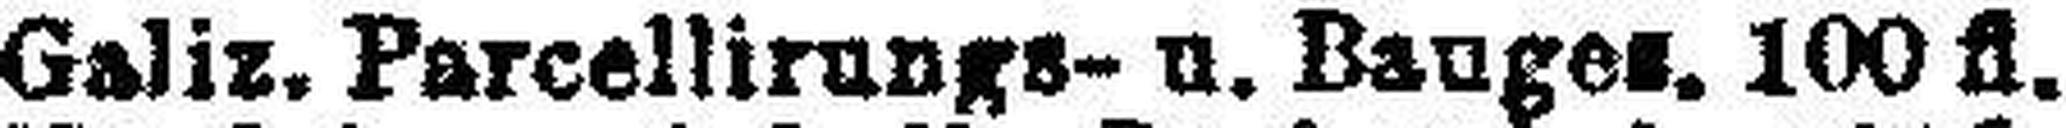
Galiz. Parcellirungs- u. Bauges. 100 fl.